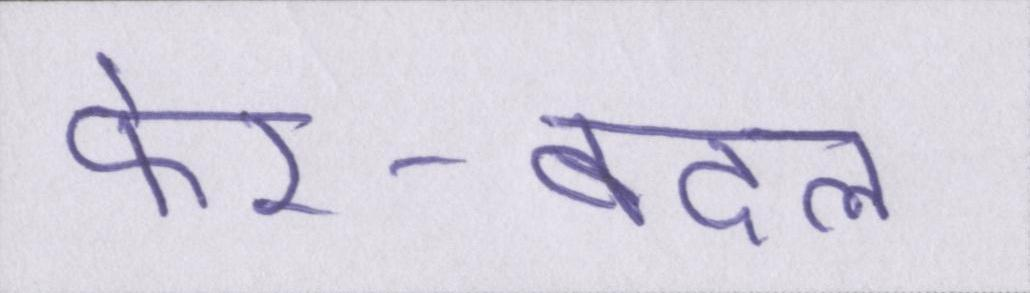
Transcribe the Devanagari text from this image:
फेर-बदल